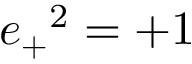
{ e _ { + } } ^ { 2 } = + 1